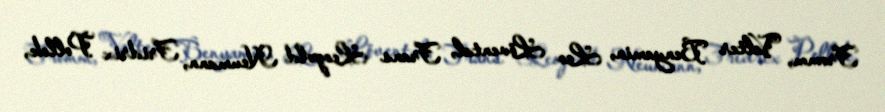
Fromm, Valter Benyamin, Leo Lövental, Frans Leopold Neumann, Fridrix Pollok,